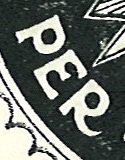
PER